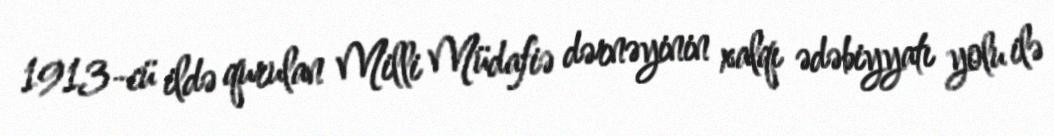
1913-cü ildə qurulan Milli Müdafiə dərnəyinin xalqı ədəbiyyatı yolu ilə